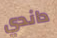
داندي